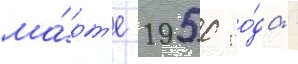
ма́рт'е 1950 го́да -